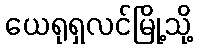
ယေရုရှလင်မြို့သို့